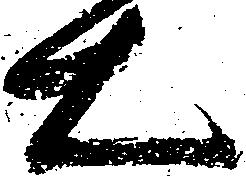
右